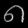
Digit: ၈